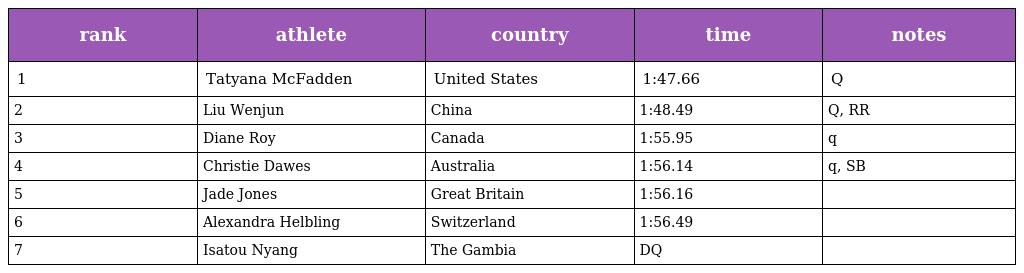
| rank | athlete | country | time | notes |
 | --- | --- | --- | --- | --- |
 | 1 | Tatyana McFadden | United States | 1:47.66 | Q |
 | 2 | Liu Wenjun | China | 1:48.49 | Q, RR |
 | 3 | Diane Roy | Canada | 1:55.95 | q |
 | 4 | Christie Dawes | Australia | 1:56.14 | q, SB |
 | 5 | Jade Jones | Great Britain | 1:56.16 |  |
 | 6 | Alexandra Helbling | Switzerland | 1:56.49 |  |
 | 7 | Isatou Nyang | The Gambia | DQ |  |